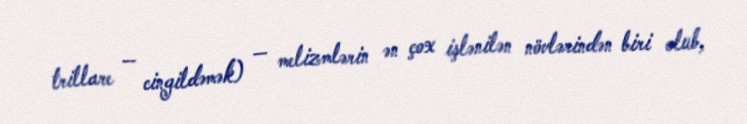
trillare — cingildəmək) — melizmlərin ən çox işlənilən növlərindən biri olub,